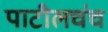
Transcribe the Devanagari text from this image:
पाटीलचंच